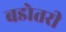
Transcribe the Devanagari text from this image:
बडोतरी